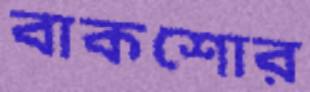
বাকশোর